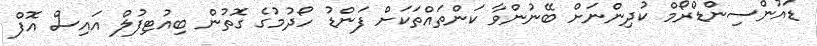
ޑައުންސިންޑްރޯމް ކުދިންނަށް ބޭނުންވާ ކަންތައްތަކަށް ފަންޑު ހޯދުމުގެ ގޮތުން ބިއުޓިފުލް އައިސް އޮފް